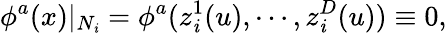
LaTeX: \phi^{a}(x)|_{N_{\mathit{i}}}=\phi^{a}(z_{\mathit{i}}^{1}(u),\cdots,z_{\mathit{i}}^{D}(u))\equiv0,